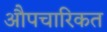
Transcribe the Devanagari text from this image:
औपचारिकत